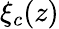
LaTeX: \xi_{c}(z)